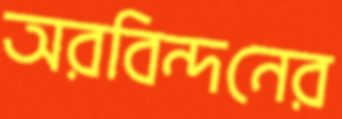
অরবিন্দনের